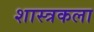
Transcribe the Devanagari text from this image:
शास्त्रकला